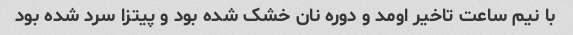
با نیم ساعت تاخیر اومد و دوره نان خشک شده بود و پیتزا سرد شده بود